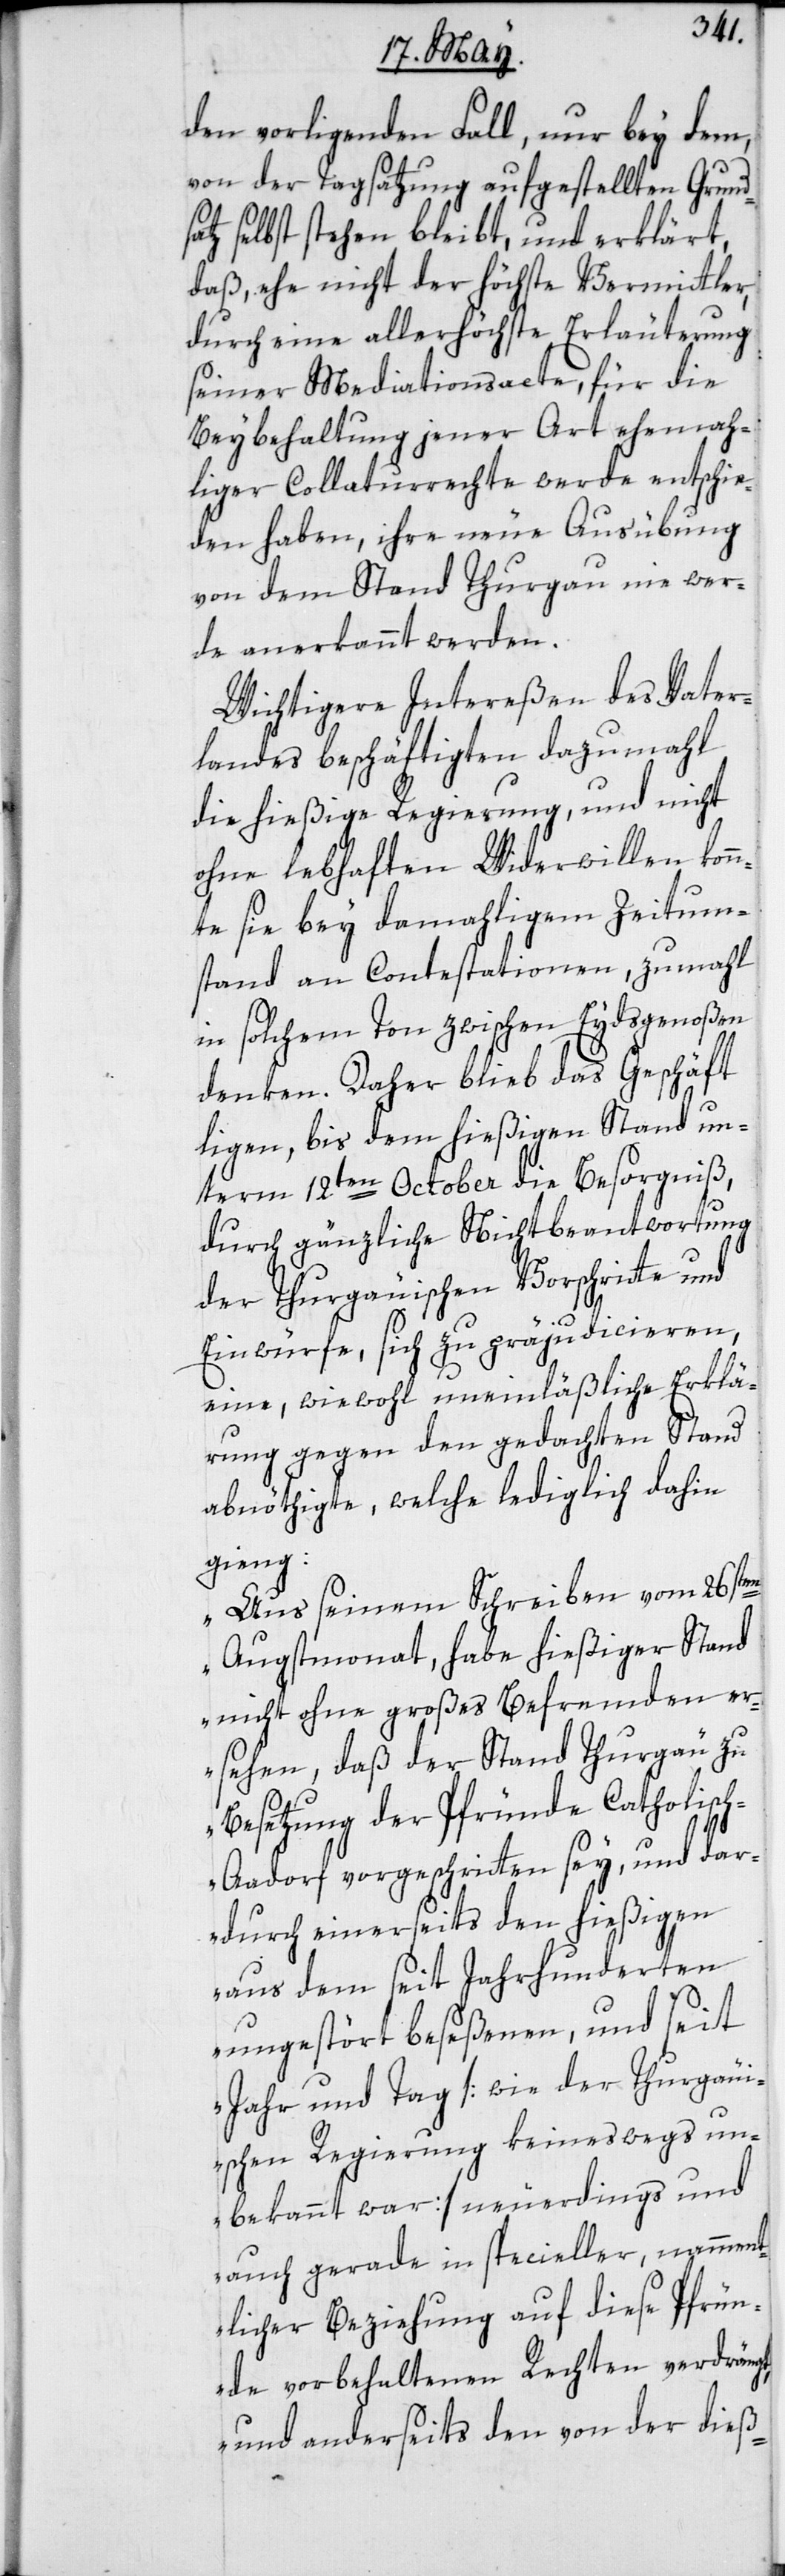
den vorliegenden Fall, nur bey dem,
von der Tagsatzung aufgestellten Grunds¬
atz selbst stehen bleibt, und erklärt,
daß, ehe nicht der höchste Vermittler,
durch eine allerhöchste Erläuterung
seiner Mediationsacte, für die
Beybehaltung jener Art ehema¬
liger Collaturrechte werde entschie¬
den haben, ihre neue Ausübung
von dem Stand Thurgau nie wer¬
de anerkannt werden.
Wichtigere Intereßen des Vater¬
landes beschäftigten dazumal
die hießige Regierung, und nicht
ohne lebhaften Widerwillen konn¬
te sie bey damahligem Zeitum¬
stand an Contestationen, zumahl
in solchem Ton zwischen Eydsgenoßen
denken. Daher blieb das Geschäft
liegen, bis dem hießigen Stand un¬
term 12ten October die Besorgniß,
durch gänzliche Nichtbeantwortung
der Thurgäuischen Vorschritte und
Einwürfe, sich zu präjudicieren,
eine, wiewohl uneinläßliche Erklä¬
rung gegen den gedachten Stand
abnöthigte, welche lediglich dahin
gieng:
„Aus seinem Schreiben vom 26sten
Augstmonat, habe hießiger Stand
nicht ohne großes Befremden er¬
sehen, daß der Stand Thurgäu
Besetzung der Pfründe Catholisc¬
h-Aadorf vorgeschritten sey, und dar¬
durch einerseits den hießigen
aus dem seit Jahrhunderten
ungestört beseßenen, und seit
Jahr und Tag [wie der Thurgäu¬
ischen Regierung keineswegs un¬
bekannt war] neuerdings und
auch gerade in specieller, namment¬
licher Beziehung auf diese Pfrün¬
de vorbehaltenen Rechten verdrängt,
und anderseits den von der dieß-